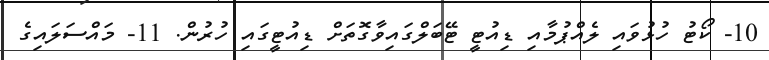
10- ކޯޓު ހުޅުވައި ލެއްޕުމާއި ޑިއުޓީ ޓޭބަލްގައިވާގޮތަށް ޑިއުޓީގައި ހުރުން. 11- މައްސަލައިގެ